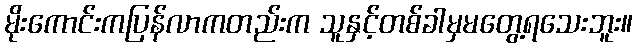
မိုးကောင်းကပြန်လာကတည်းက သူနှင့်တစ်ခါမှမတွေ့ရသေးဘူး။